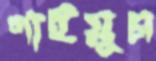
গাইয়ূম